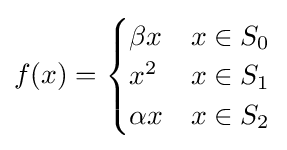
f(x)={\begin{cases}\beta x&x\in S_{0}\\x^{2}&x\in S_{1}\\\alpha x&x\in S_{2}\end{cases}}